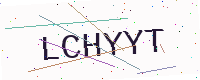
Text: LCHYYT